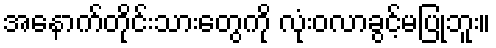
အနောက်တိုင်းသားတွေကို လုံးဝလာခွင့်မပြုဘူး။